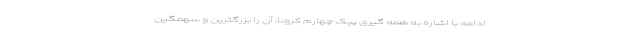
ادامه با اشاره به همه گیری پیک چهارم کرونا، آن را بزرگترین و سهمگین